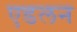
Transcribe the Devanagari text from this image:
एडलन